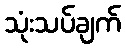
သုံးသပ်ချက်